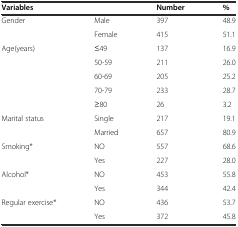
| Variables |  | Number | % |
 | --- | --- | --- | --- |
 | Gender | Male | 397 | 48.9 |
 |  | Female | 415 | 51.1 |
 | Age(years) | ≤49 | 137 | 16.9 |
 |  | 50-59 | 211 | 26.0 |
 |  | 60-69 | 205 | 25.2 |
 |  | 70-79 | 233 | 28.7 |
 |  | ≥80 | 26 | 3.2 |
 | Marital status | Single | 217 | 19.1 |
 |  | Married | 657 | 80.9 |
 | Smoking* | NO | 557 | 68.6 |
 |  | Yes | 227 | 28.0 |
 | Alcohol* | NO | 453 | 55.8 |
 |  | Yes | 344 | 42.4 |
 | Regular exercise* | NO | 436 | 53.7 |
 |  | Yes | 372 | 45.8 |